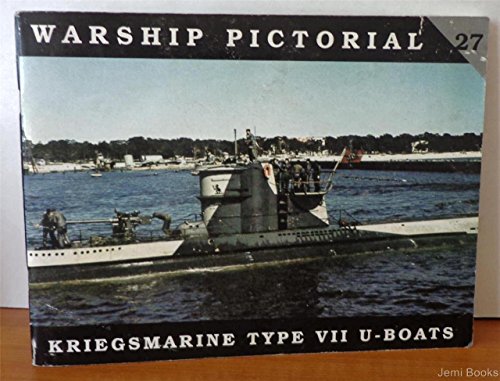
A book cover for Warship Pictorial No. 27 - Kriegsmarine Type VII U-Boats; Steve Wiper; Arts & Photography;